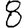
Digit: 8